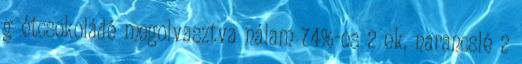
g étcsokoládé megolvasztva nálam 74%-os 2 ek. narancslé 2